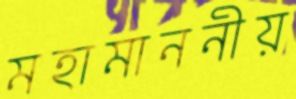
মহামাননীয়